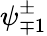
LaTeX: \psi_{\mp 1}^{\pm}